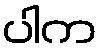
ပါက